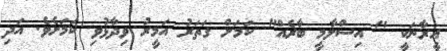
އީރާނަކީ " އިސްލާމީ ބާރެއް" ކަމަށް ގަތަރު އަމީރު ވިދާޅުވި ކަމަށެވެ. އަދި